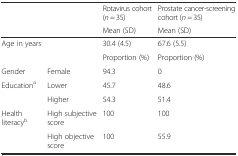
|  |  | Rotavirus cohort (n = 35) | Prostate cancer-screening cohort (n = 35) |
 |  |  | Mean (SD) | Mean (SD) |
 | --- | --- | --- | --- |
 | Age in years |  | 30.4 (4.5) | 67.6 (5.5) |
 |  |  | Proportion (%) | Proportion (%) |
 | Gender | Female | 94.3 | 0 |
 | Educationa | Lower | 45.7 | 48.6 |
 |  | Higher | 54.3 | 51.4 |
 | Health literacyb | High subjective score | 100 | 100 |
 |  | High objective score | 100 | 55.9 |